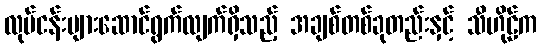
လုပ်ငန်းများဆောင်ရွက်လျက်ရှိသည့် အချစ်တစ်ခုတည်းနှင့် သီဟိုဠ်က